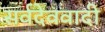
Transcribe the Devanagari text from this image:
सर्वदेववादी